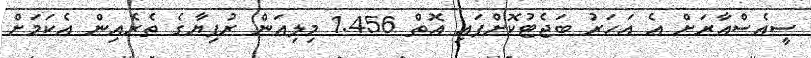
ސީއެސްއާރަށް އެ އަހަރު ބަޖެޓުކޮށްފައި އޮތް 1.456 މިލިއަން ރުފިޔާގެ ތެރެއިން އެކަމަށް